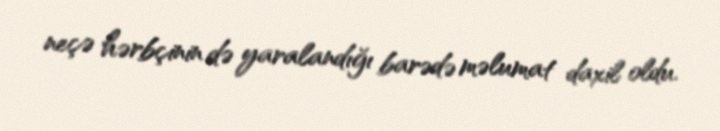
neçə hərbçinin də yaralandığı barədə məlumat daxil oldu.